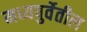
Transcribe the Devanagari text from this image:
मध्यपुर्वेतील